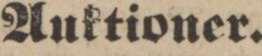
Auktioner.